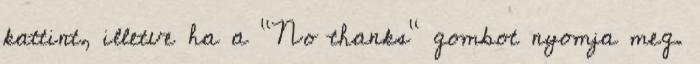
kattint, illetve ha a "No thanks" gombot nyomja meg.